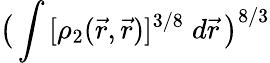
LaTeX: \big(\int\, [\rho_{2}(\vec{r},\vec{r})]^{3/8}\; d\vec{r}\, \big)^{8/3}